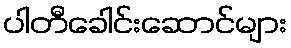
ပါတီခေါင်းဆောင်များ